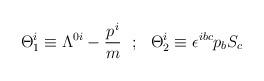
LaTeX: \begin{align*}\Theta ^i_1\equiv \Lambda ^{0i}-{{p^i}\over m}~~;~~\Theta ^i_2\equiv \epsilon ^{ibc}p_b S_c\end{align*}